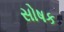
સોષક